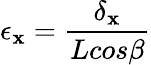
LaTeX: \epsilon{_\mathbf{x}}=\frac{{\delta{_\mathbf{x}}}}{{Lcos\beta}}